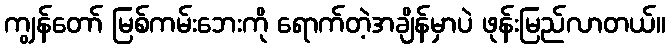
ကျွန်တော် မြစ်ကမ်းဘေးကို ရောက်တဲ့အချိန်မှာပဲ ဖုန်းမြည်လာတယ်။